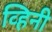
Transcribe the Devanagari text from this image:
व्हिनी